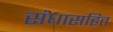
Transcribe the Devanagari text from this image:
संघासहित